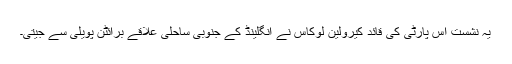
یہ نشست اِس پارٹی کی قائد کیرولین لُوکاس نے انگلینڈ کے جنوبی ساحلی علاقے برائٹن پویلی سے جیتی۔